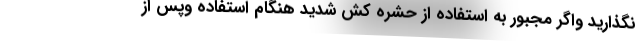
نگذارید واگر مجبور به استفاده از حشره کش شدید هنگام استفاده وپس از